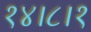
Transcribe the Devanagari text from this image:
१४।८।१